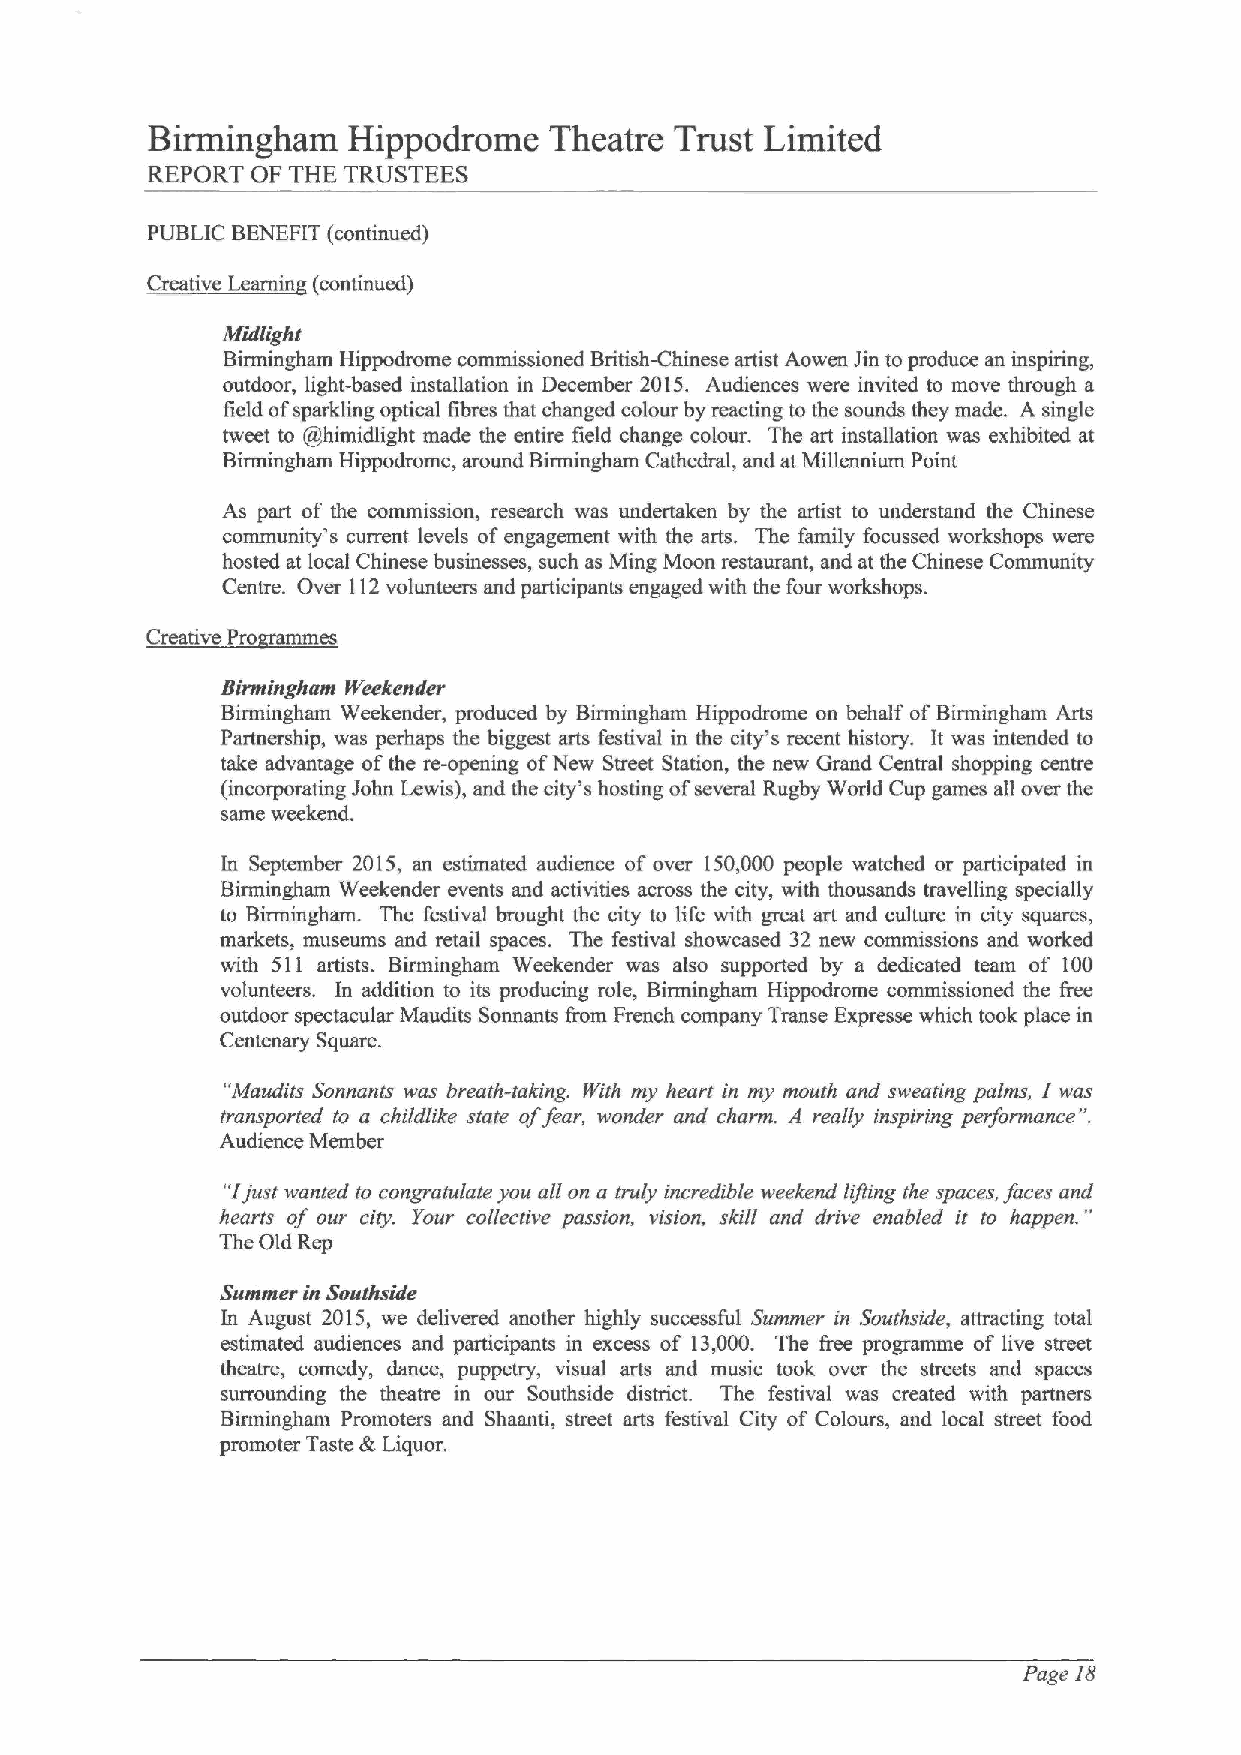
Birmingham   Hippodrome   Theatre  Trust Limited
 REPORT OF THE TRUSTEES
 hagi
 PUBLIC BENEFIT (continued)
 c
 0 L       q  Mi
 Midlight
 Birmingham Hippodrome commissioned British-Chinese artist Aowen Jin to pmduce an inspiring,
 outdoor, light-based installation in December 2015. Audiences were invited to move through a
 field ofsparkling optical fibres that changed colour by reacting to the sounds they made. A single
 tweet to @himidlight made the entire field change colour. The art installation was exhibited at
 Birmingham Hippodrome, around Birmingham Cathedral, and at Millennium Point
 As part of the commission, research was undertaken by the artist to understand the Chinese
 community's current levels ofengagement with the arts. The family focussed workshops were
 hosted at local Chinese businesses, such as Ming Moon restaurant, and at the Chinese Community
 Centre. Over 112volunteers and participants engaged with the four workshops.
 Creative Pro ammes
 Birmingham Weekender
 Birmingham Weekender, pmduced by Birmingham Hippodrome on behalf ofBirmingham Arts
 Partnership, was perhaps the biggest arts festival in the city's recent history. It was intended to
 take advantage ofthe re-opening ofNew Street Station, the new Grand Central shopping centre
 (incorporating John Lewis), and the city's hosting ofseveral Rugby World Cup games all over the
 same weekend.
 In September 2015, an estimated audience of over 150,000 people watched or participated in
 Birmingham Weekender events and activities across the city, with thousands travelling specially
 to Birmingham. The festival brought the city to life with great art and culture in city squares,
 markets, museums and retail spaces. The festival showcased 32 new commissions and worked
 with 511 artists. Birmingham Weekender was also supported by a dedicated team of 100
 volunteers. In addition to its producing role, Birmingham Hippodrome commissioned the free
 outdoor spectacular Maudits Sonnants from French company Transe Expresse which took place in
 Centenary Square.
 I
 "Maudits Sonnants was breath-taking. JYith my heart in my mouth and sweating palms, was
 transported to a childlike state offear, wonder and charm. 3 really inspiring performance".
 Audience Member
 "Jjust wanted to congratulate you all on a truly incredible weekend lifting the spaces, faces and "
 hearts of our city. Your collective passion, vision, skill and drive enabled it to happen.
 The Old Rep
 Summer in Southside
 In August 2015, we delivered another highly successful Summer in Southside, attracting total
 estimated audiences and participants in excess of 13,000. The free programme of live street
 theatre, comedy, dance, puppetry, visual arts and music took over the streets and spaces
 surrounding the theatre in our Southside district. The festival was created with partners
 Birmingham Promoters and Shaanti, street arts festival City of Colours, and local street food
 promoter Taste ik Liquor.
 Page lg